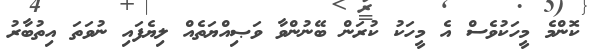
ކޮންމެ މީހަކުވެސް އެ މީހަކު ކުރަން ބޭނުންވާ ވަޞިއްޔަތެއް ލިޔެފައި ނުވަތަ އިތުބާރު